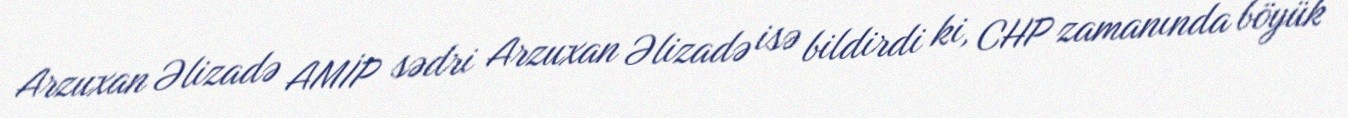
Arzuxan Əlizadə AMİP sədri Arzuxan Əlizadə isə bildirdi ki, CHP zamanında böyük